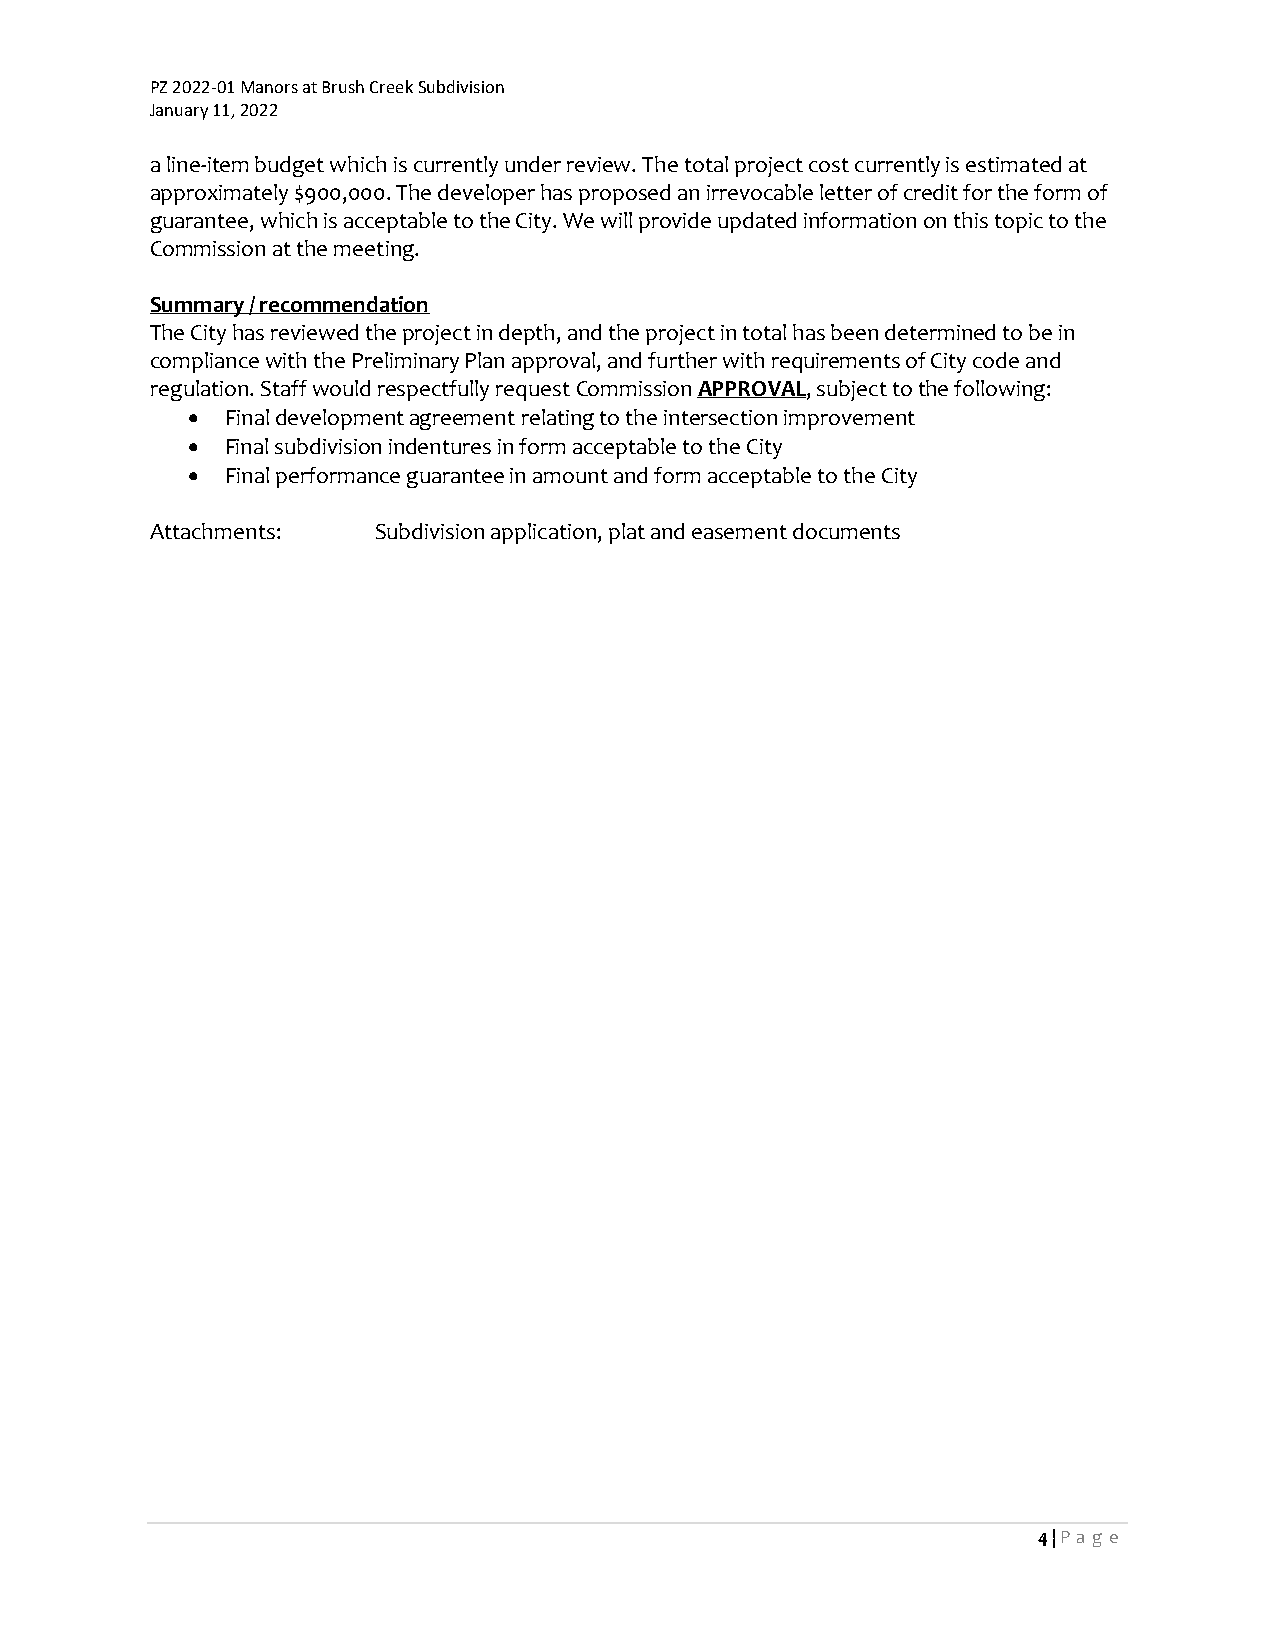
PZ 2022-01 Manors at Brush Creek Subdivision
 January 11, 2022
 a line-item budget which is currently under review. The total project cost currently is estimated at
 approximately $900,000. The developer has proposed an irrevocable letter of credit for the form of
 guarantee, which is acceptable to the City. We will provide updated information on this topic to the
 Commission at the meeting.
 Summary / recommendation
 The City has reviewed the project in depth, and the project in total has been determined to be in
 compliance with the Preliminary Plan approval, and further with requirements of City code and
 regulation. Staff would respectfully request Commission APPROVAL, subject to the following:
 •  Final development agreement relating to the intersection improvement
 •  Final subdivision indentures in form acceptable to the City
 •  Final performance guarantee in amount and form acceptable to the City
 Attachments:   Subdivision application, plat and easement documents
 4 | Pa g e